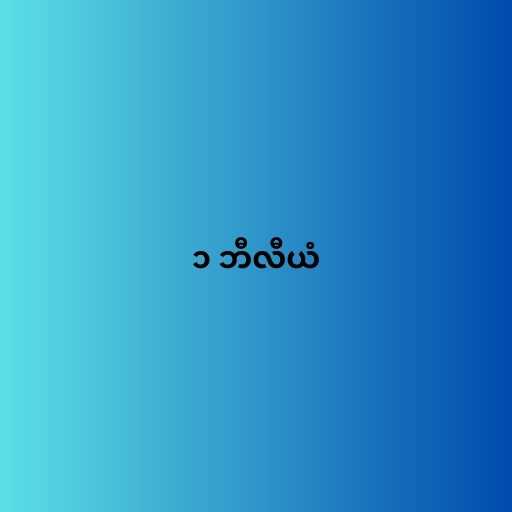
၁ ဘီလီယံ